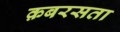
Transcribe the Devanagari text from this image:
क़बरसता